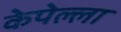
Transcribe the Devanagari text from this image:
केपेल्ला